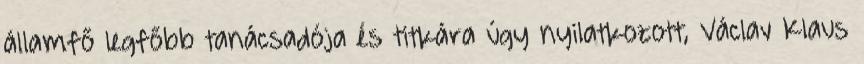
államfő legfőbb tanácsadója és titkára úgy nyilatkozott, Václav Klaus